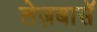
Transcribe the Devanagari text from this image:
लेज़बासॅ